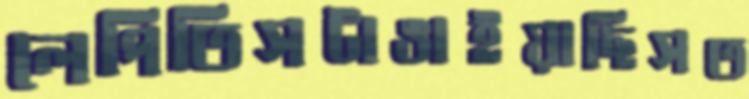
লেপিতিসটাঙাইয়াছিসত